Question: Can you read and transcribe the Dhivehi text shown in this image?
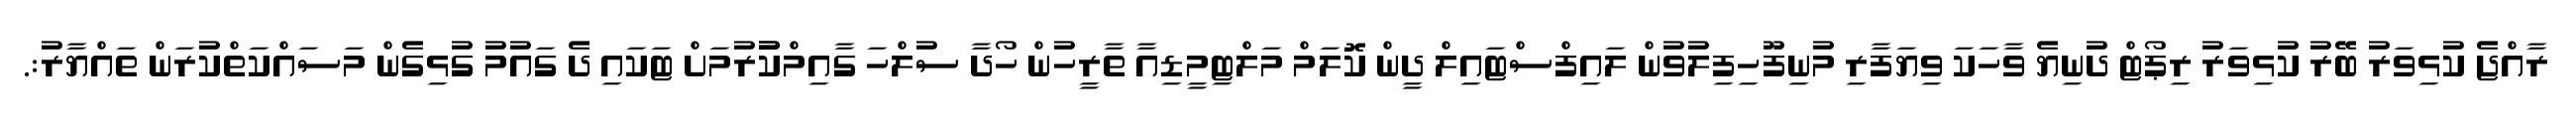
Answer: ރާއްޖެ ކުޅިވަރު ބޭރު ކުޅިވަރު ރިޕޯޓް ދުނިޔެ ވާހަކަ ވިޔަފާރި މުނިފޫހިފިލުވުން ލައިފްސްޓައިލް ދީން ކޮލަމް މަލްޓިމީޑިއާ ތާރީހުން ހޯދާ ސުލްހަ ގާއިމްކުުރުމަށް ޓަކައި ދެ ގައުމު ގުޅިގެން މަސައްކަތްކުރަން ތައްޔާރު:.